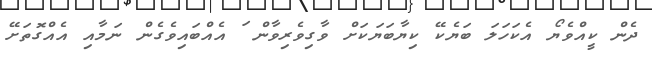
ދެން ކީއްވެޔޯ އެކަހަލަ ބަޔެކޭ ކިޔާބަޔަކަށް ވާގިވެރިވާން ަަަަަަަަަަަަަަަަަަަަަަަަަަަަަަަަަަަަަަަަަަަަަަަ އެއްބައިވެގެން ނަމާއި އެއްގޮތަށޭ